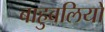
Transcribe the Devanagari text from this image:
बाहुबलियों